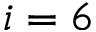
i = 6